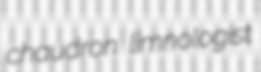
chaudron limnologist